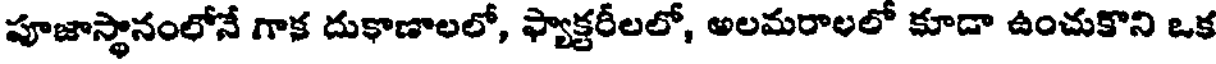
పూజాస్థానంలోనే గాక దుకాణాలలో, ఫ్యాక్టరీలలో, అలమరాలలో కూడా ఉంచుకొని ఒక